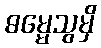
ဓမ္မေသွမှိ